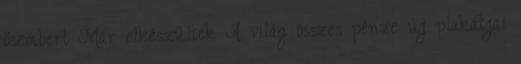
ősembert Már elkészültek A világ összes pénze új plakátjai